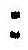
: